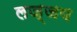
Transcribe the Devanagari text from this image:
लज्जय